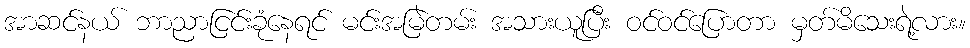
အာဆင်နယ် ဘာညာငြင်းခုံနေရင် မင်းအမြဲတမ်း အသားယူပြီး ဝင်ဝင်ပြောတာ မှတ်မိသေးရဲ့လား။